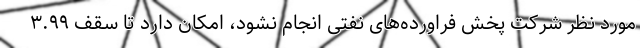
مورد نظر شرکت پخش فراورده‌های نفتی انجام نشود، امکان دارد تا سقف ۳.۹۹